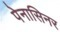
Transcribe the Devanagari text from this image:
पेनासिनर